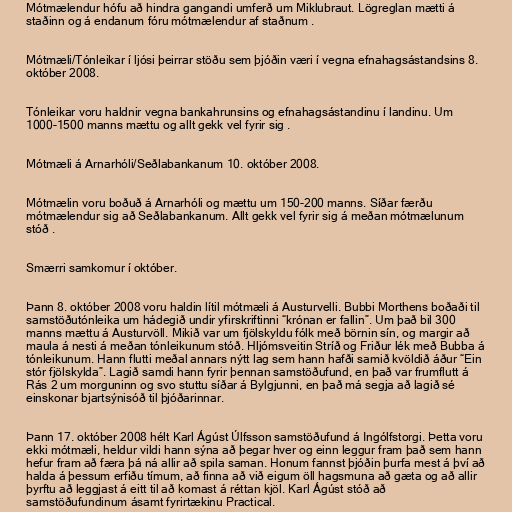
Mótmælendur hófu að hindra gangandi umferð um Miklubraut. Lögreglan mætti á
staðinn og á endanum fóru mótmælendur af staðnum .

Mótmæli/Tónleikar í ljósi þeirrar stöðu sem þjóðin væri í vegna efnahagsástandsins 8.
október 2008.

Tónleikar voru haldnir vegna bankahrunsins og efnahagsástandinu í landinu. Um
1000-1500 manns mættu og allt gekk vel fyrir sig .

Mótmæli á Arnarhóli/Seðlabankanum 10. október 2008.

Mótmælin voru boðuð á Arnarhóli og mættu um 150-200 manns. Síðar færðu
mótmælendur sig að Seðlabankanum. Allt gekk vel fyrir sig á meðan mótmælunum
stóð .

Smærri samkomur í október.

Þann 8. október 2008 voru haldin lítil mótmæli á Austurvelli. Bubbi Morthens boðaði til
samstöðutónleika um hádegið undir yfirskriftinni “krónan er fallin”. Um það bil 300
manns mættu á Austurvöll. Mikið var um fjölskyldu fólk með börnin sín, og margir að
maula á nesti á meðan tónleikunum stóð. Hljómsveitin Stríð og Friður lék með Bubba á
tónleikunum. Hann flutti meðal annars nýtt lag sem hann hafði samið kvöldið áður “Ein
stór fjölskylda”. Lagið samdi hann fyrir þennan samstöðufund, en það var frumflutt á
Rás 2 um morguninn og svo stuttu síðar á Bylgjunni, en það má segja að lagið sé
einskonar bjartsýnisóð til þjóðarinnar.

Þann 17. október 2008 hélt Karl Ágúst Úlfsson samstöðufund á Ingólfstorgi. Þetta voru
ekki mótmæli, heldur vildi hann sýna að þegar hver og einn leggur fram það sem hann
hefur fram að færa þá ná allir að spila saman. Honum fannst þjóðin þurfa mest á því að
halda á þessum erfiðu tímum, að finna að við eigum öll hagsmuna að gæta og að allir
þyrftu að leggjast á eitt til að komast á réttan kjöl. Karl Ágúst stóð að
samstöðufundinum ásamt fyrirtækinu Practical.